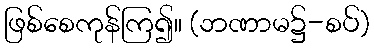
ဖြစ်စေကုန်ကြ၍။ (ဘဏာမ၌-စပ်)